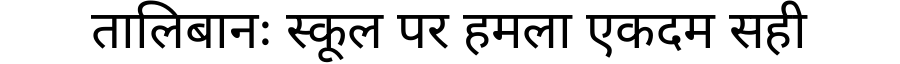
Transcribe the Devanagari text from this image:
तालिबानः स्कूल पर हमला एकदम सही